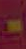
-